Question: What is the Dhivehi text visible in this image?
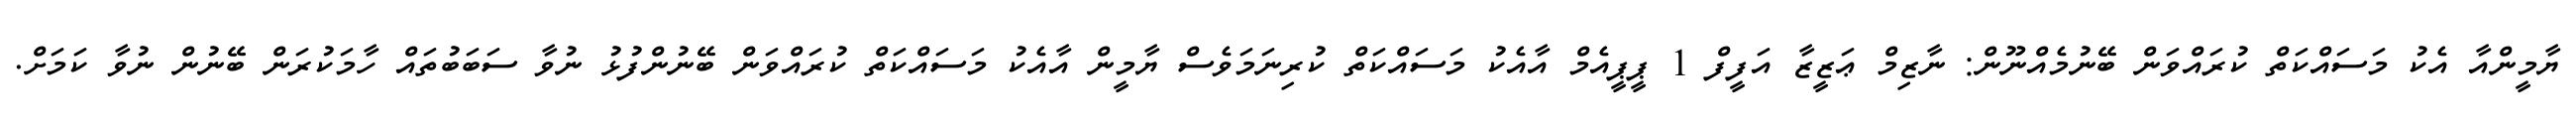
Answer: ޔާމީންއާ އެކު މަސައްކަތް ކުރައްވަން ބޭނުމެއްނޫން: ނާޒިމް ޢަޒީޒާ އަފީފް 1 ޕީޕީއެމް އާއެކު މަސައްކަތް ކުރިނަމަވެސް ޔާމީން އާއެކު މަސައްކަތް ކުރައްވަން ބޭނުންފުޅު ނުވާ ސަބަބުތައް ހާމަކުރަން ބޭނުން ނުވާ ކަމަށް.